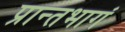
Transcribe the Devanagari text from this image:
प्रान्तभागं